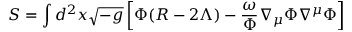
S = \int d ^ { 2 } x \sqrt { - g } \left[ \Phi ( R - 2 \Lambda ) - \frac { \omega } { \Phi } \nabla _ { \mu } \Phi \nabla ^ { \mu } \Phi \right]